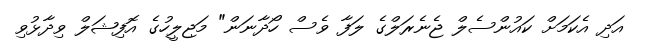
އަދި އެކަމަށް ކައުންސެލް ޖެނެރަލްގެ ލަފާ ވެސް ހޯދާނަން" މަޖިލީހުގެ އޮފިޝަލް ވިދާޅުވި